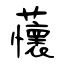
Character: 蘹